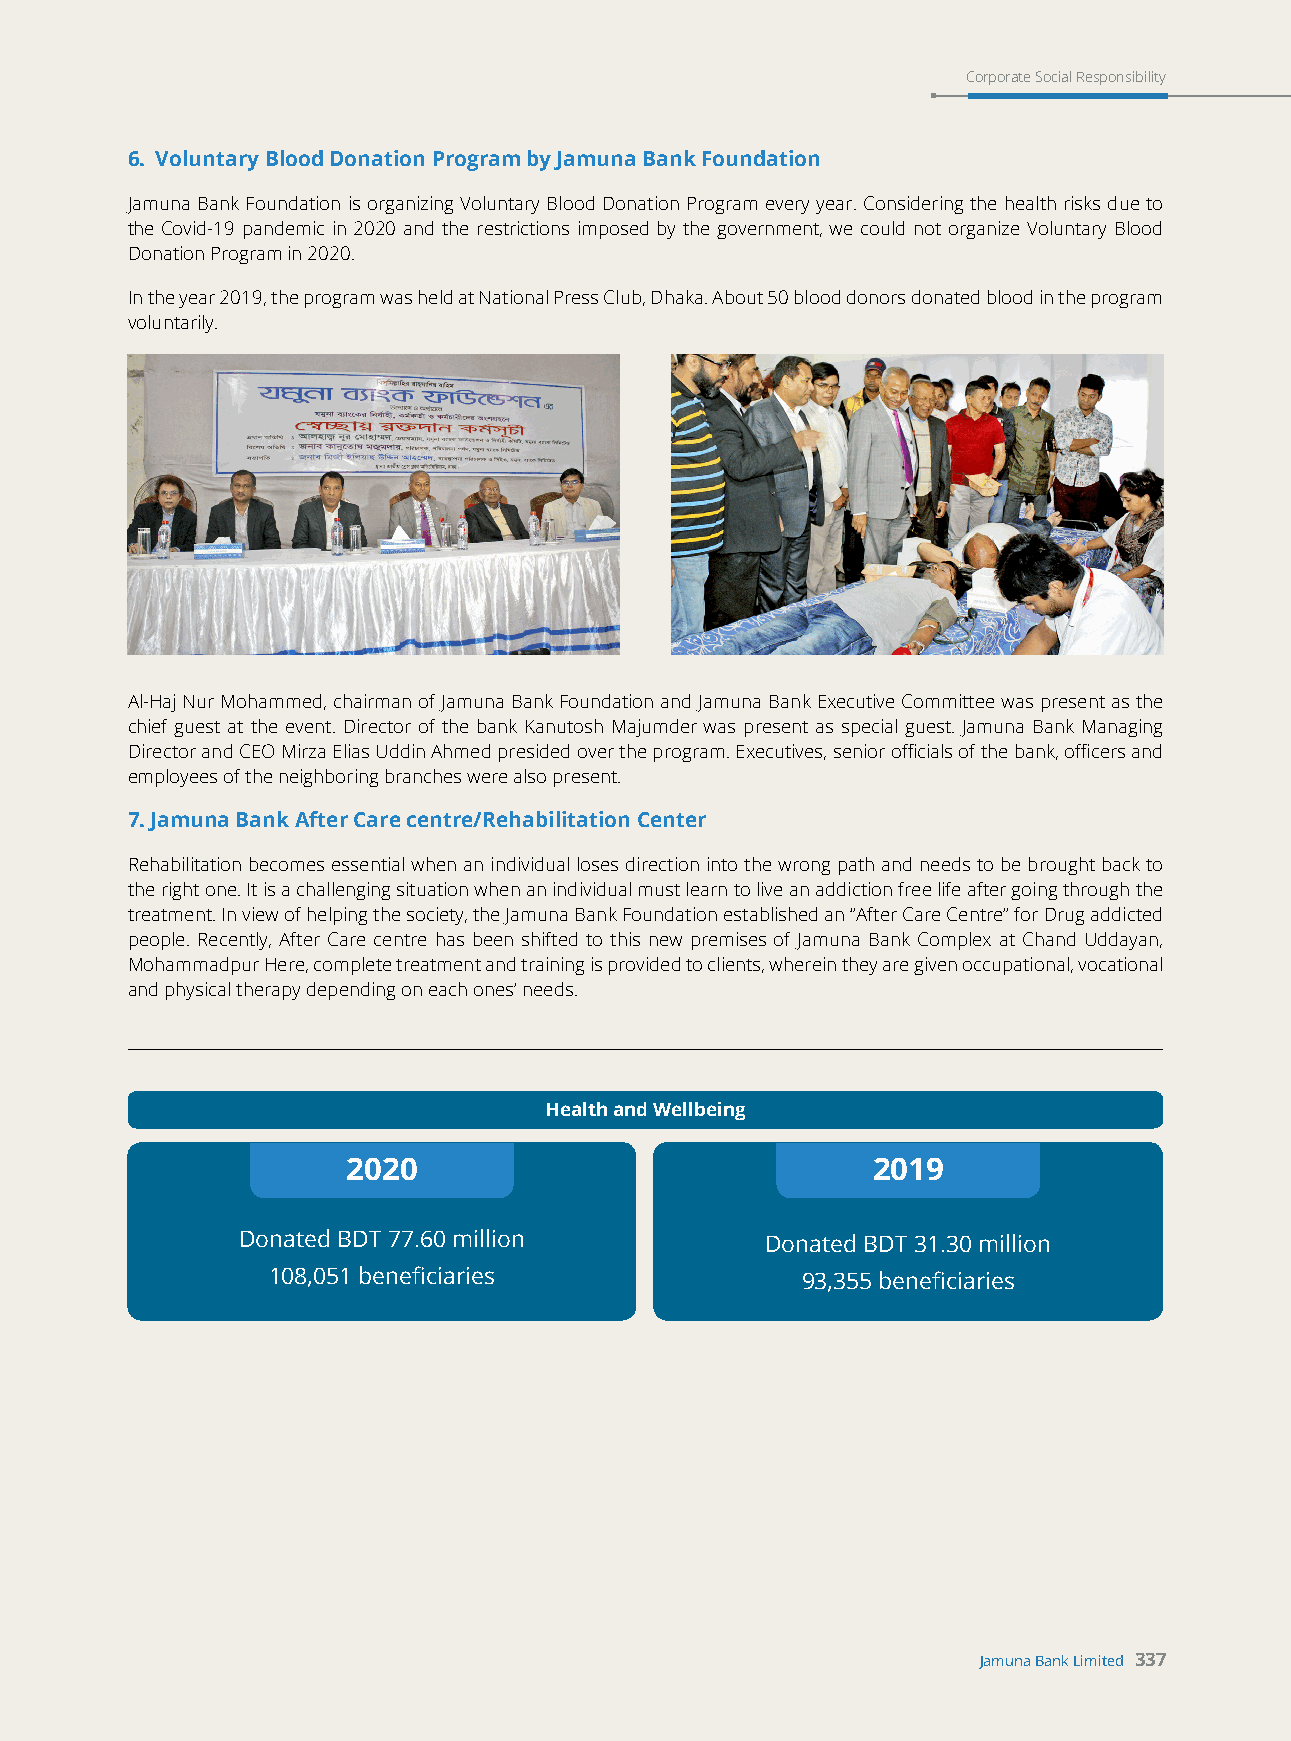
Corporate Social Responsibility
 6. Voluntary Blood Donation Program by Jamuna Bank Foundation
 Jamuna Bank Foundation is organizing Voluntary Blood Donation Program every year. Considering the health risks due to
 the Covid-19 pandemic in 2020 and the restrictions imposed by the government, we could not organize Voluntary Blood
 Donation Program in 2020.
 In the year 2019, the program was held at National Press Club, Dhaka. About 50 blood donors donated blood in the program
 voluntarily.
 Al-Haj Nur Mohammed, chairman of Jamuna Bank Foundation and Jamuna Bank Executive Committee was present as the
 chief guest at the event. Director of the bank Kanutosh Majumder was present as special guest. Jamuna Bank Managing
 Director and CEO Mirza Elias Uddin Ahmed presided over the program. Executives, senior officials of the bank, officers and
 employees of the neighboring branches were also present.
 7. Jamuna Bank After Care centre/Rehabilitation Center
 Rehabilitation becomes essential when an individual loses direction into the wrong path and needs to be brought back to
 the right one. It is a challenging situation when an individual must learn to live an addiction free life after going through the
 treatment. In view of helping the society, the Jamuna Bank Foundation established an “After Care Centre” for Drug addicted
 people. Recently, After Care centre has been shifted to this new premises of Jamuna Bank Complex at Chand Uddayan,
 Mohammadpur Here, complete treatment and training is provided to clients, wherein they are given occupational, vocational
 and physical therapy depending on each ones’ needs.
 Health and Wellbeing
 2020                               2019
 Donated BDT 77.60 million          Donated BDT 31.30 million
 108,051 beneficiaries              93,355 beneficiaries
 Jamuna Bank Limited 337